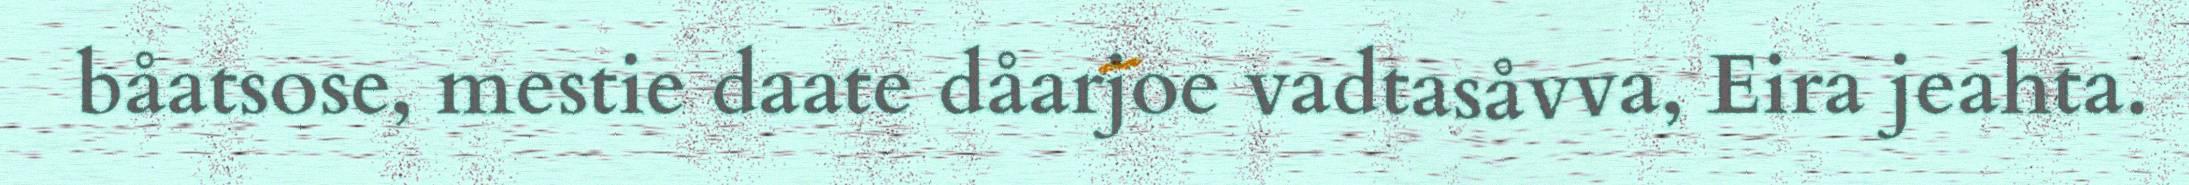
båatsose, mestie daate dåarjoe vadtasåvva, Eira jeahta.